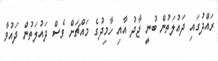
ރައްދުގައި ދައުލަތުން ބުނީ ޖާދު އާއި ހާމިދުގެ މައްޗަށް ވެސް ދައުލަތުން ދައުވާ